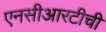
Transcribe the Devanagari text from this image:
एनसीआरटीची